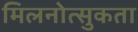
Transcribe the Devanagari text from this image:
मिलनोत्सुकता